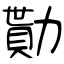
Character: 勩